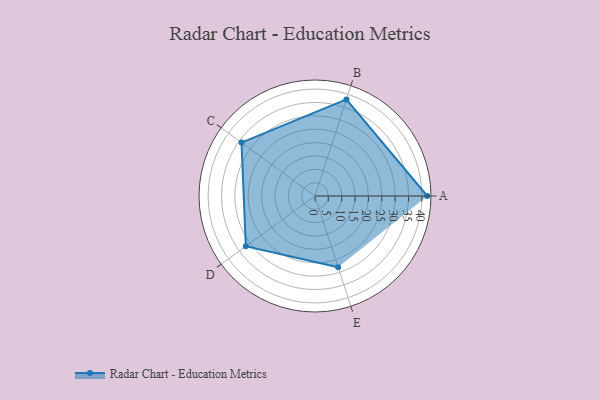
{"axis": {"x": "Skill", "y": "Score"}, "legend": ["Profile"], "data": [{"x": "A", "y": 42.0, "type": "Profile"}, {"x": "B", "y": 38.0, "type": "Profile"}, {"x": "C", "y": 34.0, "type": "Profile"}, {"x": "D", "y": 32.0, "type": "Profile"}, {"x": "E", "y": 28.0, "type": "Profile"}]}